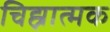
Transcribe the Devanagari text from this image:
चिह्नात्मक